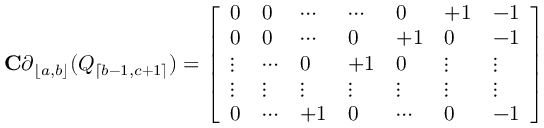
\mathbf { C } \boldsymbol { \partial } _ { \lfloor a , b \rfloor } ( Q _ { \lceil b - 1 , c + 1 \rceil } ) = \left[ \begin{array} { l l l l l l l } { 0 } & { 0 } & { \cdots } & { \cdots } & { 0 } & { + 1 } & { - 1 } \\ { 0 } & { 0 } & { \cdots } & { 0 } & { + 1 } & { 0 } & { - 1 } \\ { \vdots } & { \cdots } & { 0 } & { + 1 } & { 0 } & { \vdots } & { \vdots } \\ { \vdots } & { \vdots } & { \vdots } & { \vdots } & { \vdots } & { \vdots } & { \vdots } \\ { 0 } & { \cdots } & { + 1 } & { 0 } & { \cdots } & { 0 } & { - 1 } \end{array} \right]